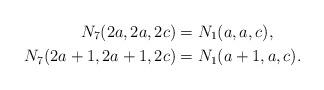
LaTeX: \begin{align*} N_7(2a,2a,2c)&=N_1(a,a,c),\\N_7(2a+1,2a+1,2c)&=N_1(a+1,a,c).\end{align*}